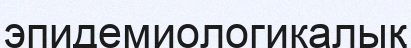
эпидемиологикалық